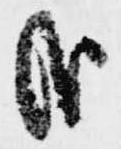
哉